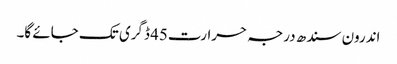
اندرون سندھ درجہ حرارت45 ڈگری تک جائے گا۔